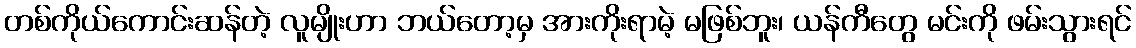
တစ်ကိုယ်ကောင်းဆန်တဲ့ လူမျိုးဟာ ဘယ်တော့မှ အားကိုးရာမဲ့ မဖြစ်ဘူး၊ ယန်ကီတွေ မင်းကို ဖမ်းသွားရင်